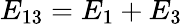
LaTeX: E_{13}=E_{1}+E_{3}